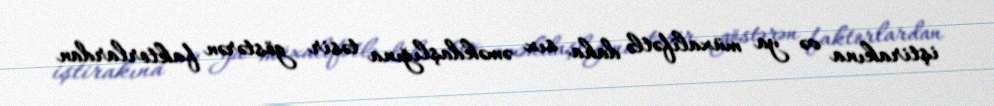
iştirakına və ya müxalifətlə daha sıx əməkdaşlığına təsir göstərən faktorlardan